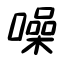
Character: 噪